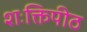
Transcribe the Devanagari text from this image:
शःक्तिपीठ